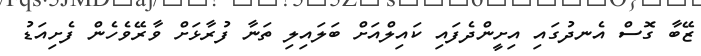
ޒޭބާ ގޮސް އެނދުގައި އިށީންދެފައި ކައިލްއަށް ބަލައިލި ތަނާ ފުރާޅަށް ވާރޭވެހެން ފެށިއަޑު